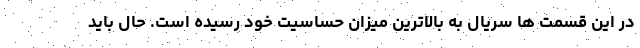
در این قسمت ها سریال به بالاترین میزان حساسیت خود رسیده است. حال باید